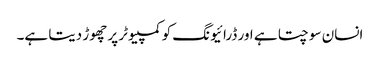
انسان سوچتا ہے اور ڈرائیونگ کو کمپیوٹر پر چھوڑ دیتا ہے۔